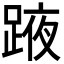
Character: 𨂒